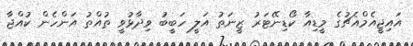
އައިޖީއެމްއެޗުގެ މީޑިއާ ކޯޑިނޭޓަރު ޒީނަތު އަލީ ހަބީބު ވިދާޅުވީ ތުއްތު އަންހެން ކުއްޖާ